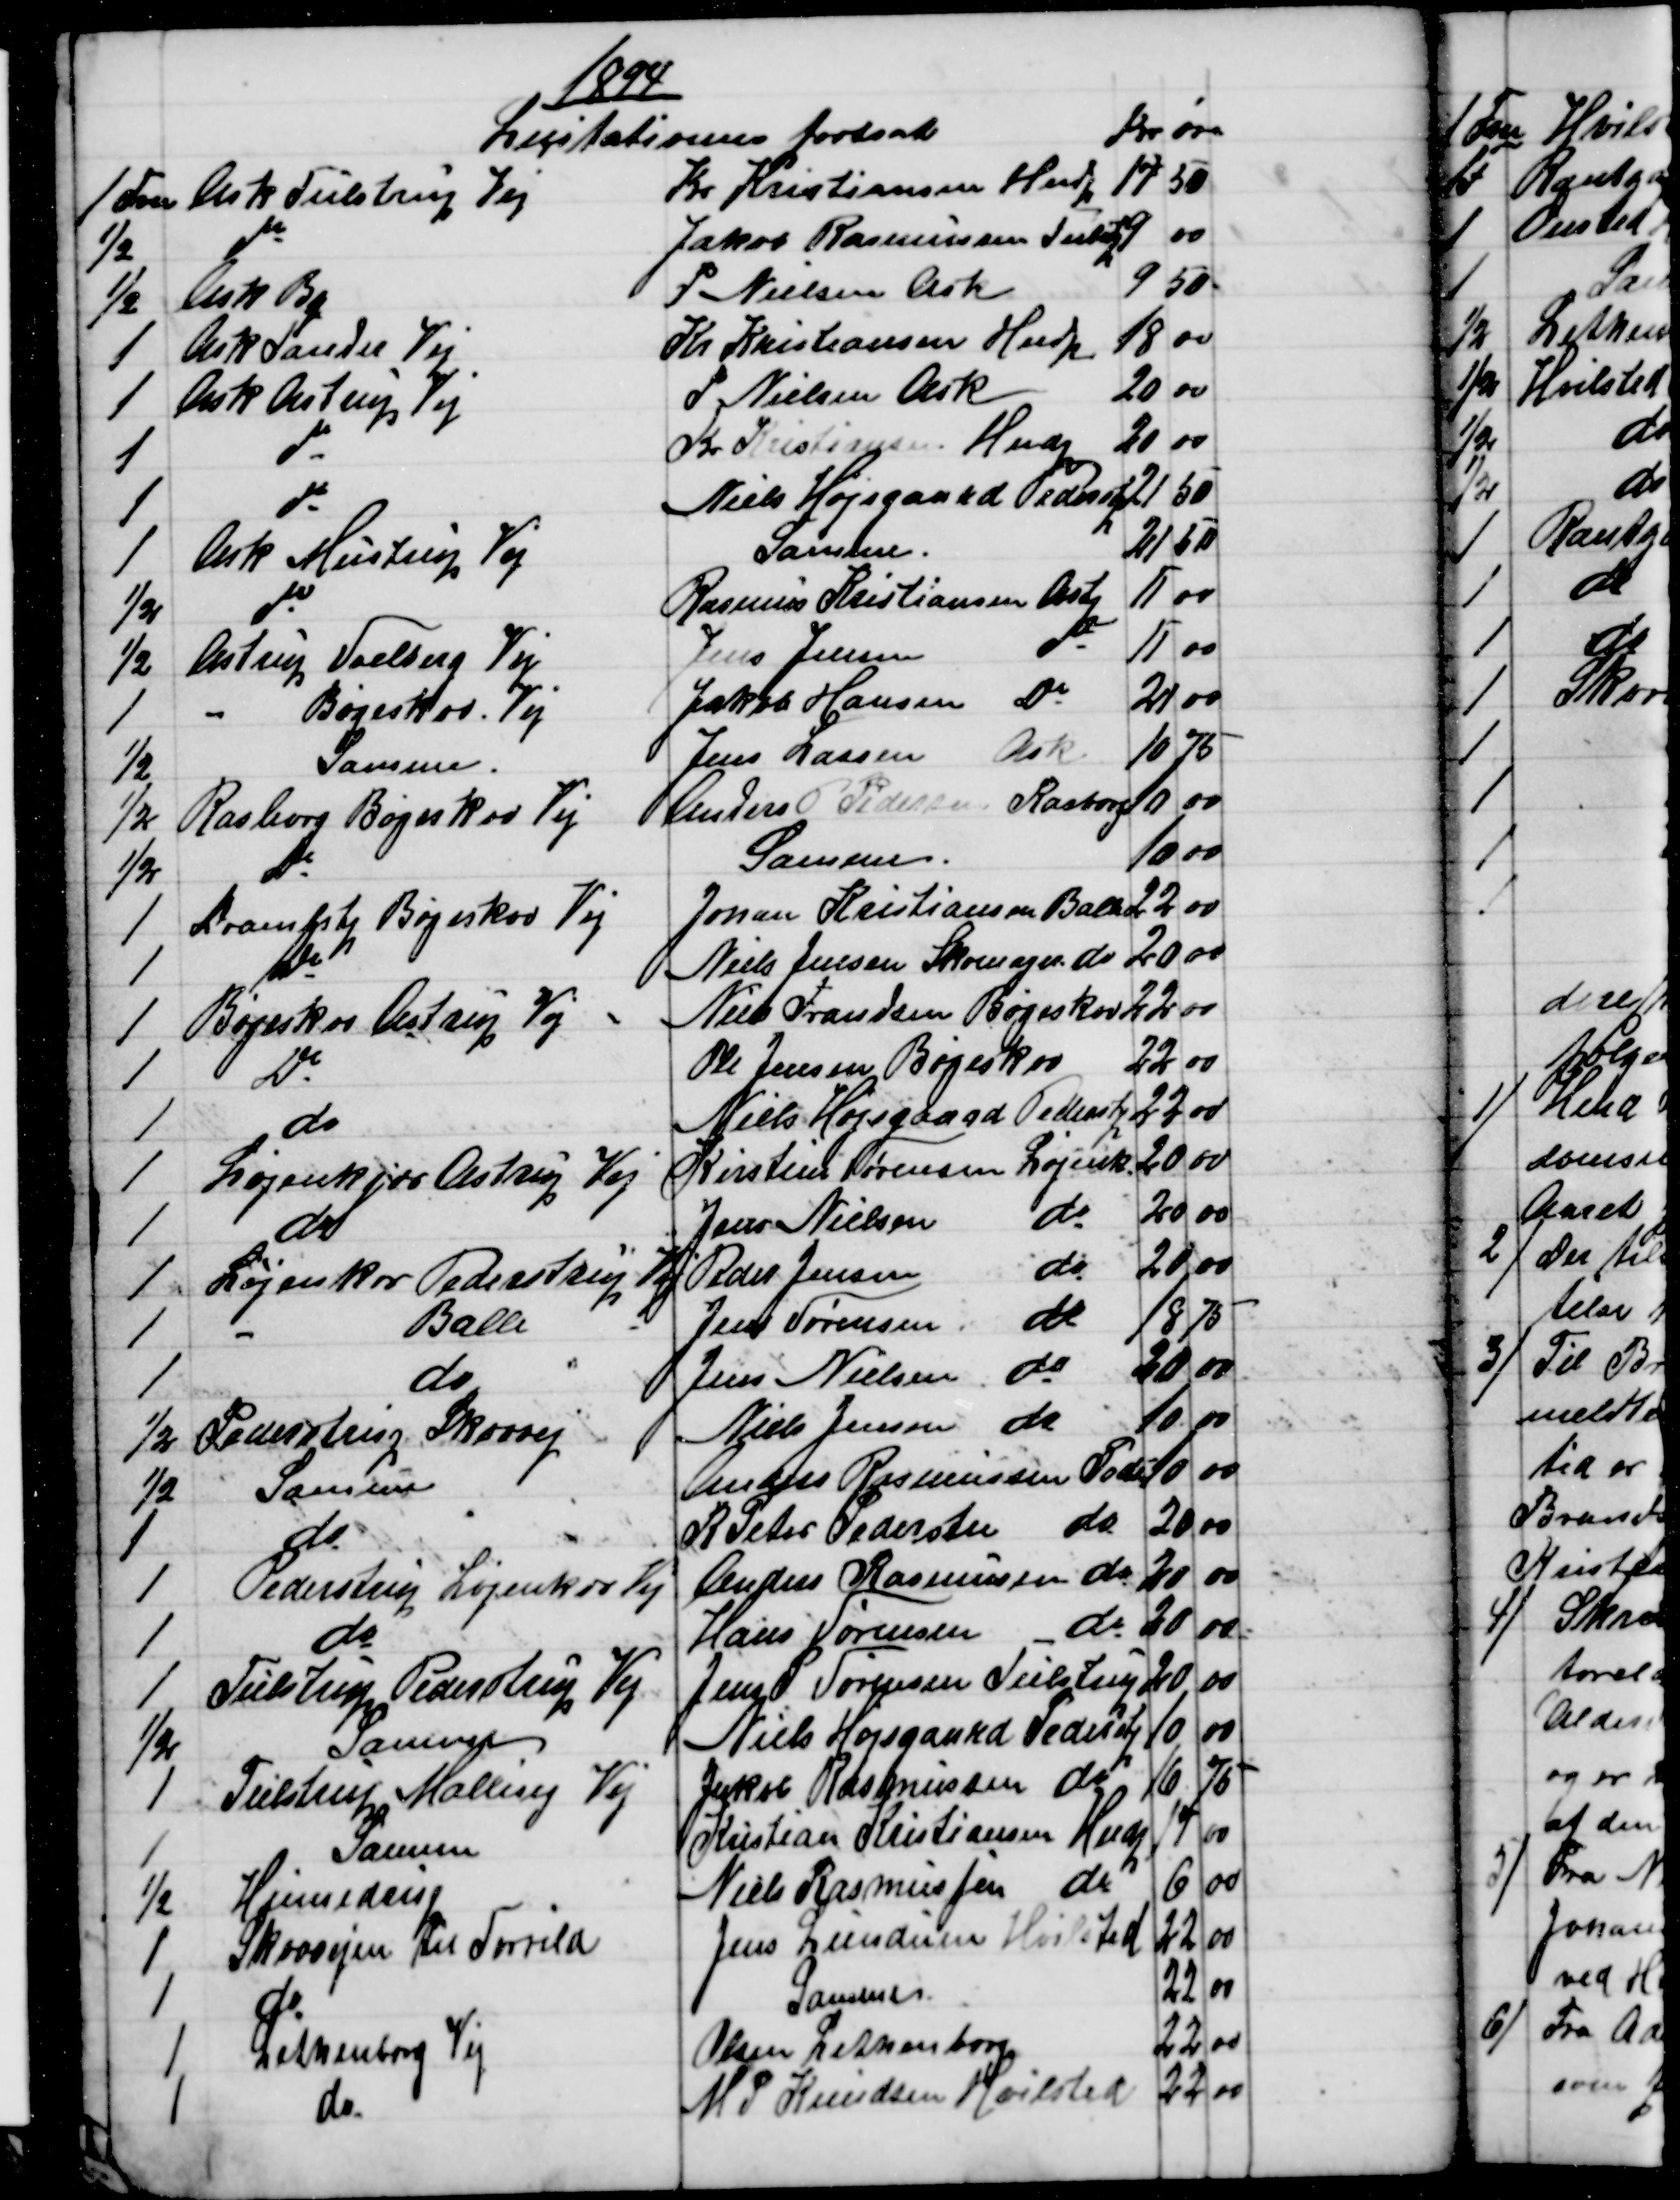
Transskription:
1894
Licitationen fortsat
Kr 
øre
1 Fvn
 Ask Tulstrup Vej
Kr. Kristiansen Hindp
17 
50
½
do
Jakob Rasmussen Tulstp
9
00
½
Ask By
P Nielsen Ask
9
50
1
Ask Tander Vej
Kr Kristiansen Hindp
18
00
1
Ask Astrup Vej
P Nielsen Ask
20
00
1
do
Kr Kristiansen Hindp
20
00
1
do
Niels Højsgaard Pederstp
21
50
1
Ask Mustrup Vej
Samme
21
50
½
do
Rasmus Kristiansen Astp
11
00
½
Astrup Vaelberg Vej
Jens Jensen do
11
00
1
" Bøgeskov. Vej
Jakob Hansen do
21
00
½
Samme
Jens Lassen Ask.
10
75
½
Rasborg Bøgeskov Vej
Anders P Pedersen Rasborg
10
00
½
do
Samme.
10
00
1
Dramlstp Bøgeskov Vej
Johan Kristiansen Ballen
22
00
1
do
Niels Jensen Skomager do
20
00
1
Bøgeskov Astrup Vej
Niels Frandsen Bøgeskov
22
00
1
Do
Ole Jensen Bøgeskov
22
00
1
do
Niels Højsgaard Pederstp
22
00
1
Løjenkjær Astrup Vej
Kirstine Sørensen Løjenk.
20
00
1
do
Jens Nielsen do
20
00
1
Løjenkær Pederstrup Vej
Peder Jensen do
20
00
1
Balle 
Jens Sørensen do
18
75
1
do
Jens Nielsen do
20
00
½
Pederstrup Skovvej
Niels Jensen do
10
00
½
Samme
Anders Rasmussen Peds
10
00
1
do
R Peter Pedersen do
20
00
1
Pederstrup Løjenkær Vej
Anders Rasmussen do
20
00
1
do
Hans Sørensen do
20
00
1
Tulstrup Pederstrup Vej
Jens Sørensen Tulstrup
20
00
½
Samme
Niels Højsgaard Pederstp
10
00
1
Tulstrup Malling Vej
Jakob Rasmussen do
16
75
1
Samme
Kristian Kristiansen Hindp
17
00
½
Hinnedrup
Niels Rasmussen do
6
00
1
Skovvejen til Torrild
Jens Lundum Hvilsted
22
00
1
do
Samme
22
00
1
Lethenborg Vej
Olsen Lethenborg
22
00
1
do
M. P. Knudsen Hvilsted
22
00